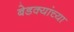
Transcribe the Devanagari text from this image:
बेडक्यांच्या